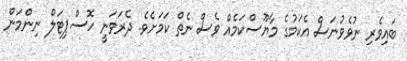
ބައިވެރި ނުވެވުނަސް އެކަމުގެ މާޔޫސްކަމެއް ވެސް ނެތް ކަމަށެވެ. ދެރަވަނީ ހޮސްޕިޓަލް ނިންމަން